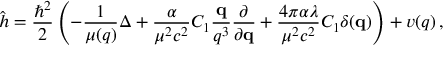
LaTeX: \hat { h } = \frac { \hbar ^ { 2 } } { 2 } \left( - \frac { 1 } { \mu ( q ) } \Delta + \frac { \alpha } { \mu ^ { 2 } c ^ { 2 } } C _ { 1 } \frac { { \bf q } } { q ^ { 3 } } \frac { \partial } { \partial { \bf q } } + \frac { 4 \pi \alpha \lambda } { \mu ^ { 2 } c ^ { 2 } } C _ { 1 } \delta ( { \bf q } ) \right) + v ( q ) \, ,